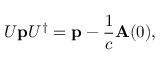
U \mathbf { p } U ^ { \dagger } = \mathbf { p } - \frac { 1 } { c } \mathbf { A } ( 0 ) ,